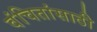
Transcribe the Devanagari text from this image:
वंचितांसाठी